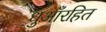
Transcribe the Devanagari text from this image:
धुआँरहित